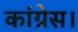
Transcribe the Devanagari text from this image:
कांग्रेस।